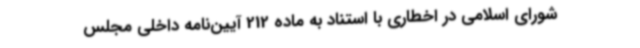
شورای اسلامی در اخطاری با استناد به ماده 212 آیین‌نامه داخلی مجلس